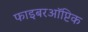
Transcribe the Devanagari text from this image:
फाइबरऑप्टिक